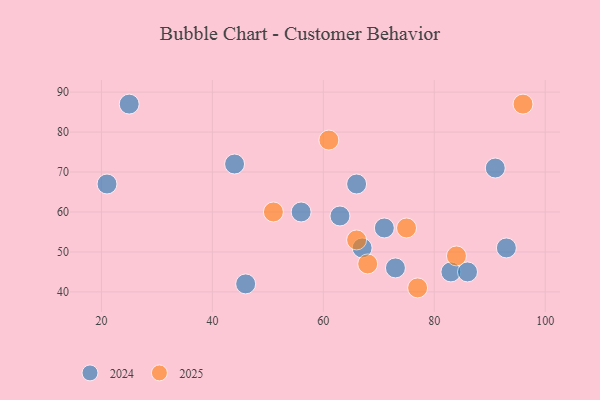
{"axis": {"x": "GDP", "y": "Life Expectancy"}, "legend": ["2024", "2025"], "data": [{"x": "21", "y": 67, "type": "2024"}, {"x": "91", "y": 71, "type": "2024"}, {"x": "83", "y": 45, "type": "2024"}, {"x": "56", "y": 60, "type": "2024"}, {"x": "71", "y": 56, "type": "2024"}, {"x": "73", "y": 46, "type": "2024"}, {"x": "86", "y": 45, "type": "2024"}, {"x": "67", "y": 51, "type": "2024"}, {"x": "66", "y": 67, "type": "2024"}, {"x": "63", "y": 59, "type": "2024"}, {"x": "25", "y": 87, "type": "2024"}, {"x": "44", "y": 72, "type": "2024"}, {"x": "93", "y": 51, "type": "2024"}, {"x": "46", "y": 42, "type": "2024"}, {"x": "66", "y": 53, "type": "2025"}, {"x": "96", "y": 87, "type": "2025"}, {"x": "84", "y": 49, "type": "2025"}, {"x": "77", "y": 41, "type": "2025"}, {"x": "61", "y": 78, "type": "2025"}, {"x": "68", "y": 47, "type": "2025"}, {"x": "75", "y": 56, "type": "2025"}, {"x": "51", "y": 60, "type": "2025"}]}